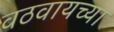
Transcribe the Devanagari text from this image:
वठवायच्या